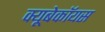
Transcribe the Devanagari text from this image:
क्यूबेकॉयस